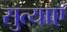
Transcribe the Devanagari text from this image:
सुत्याएँ